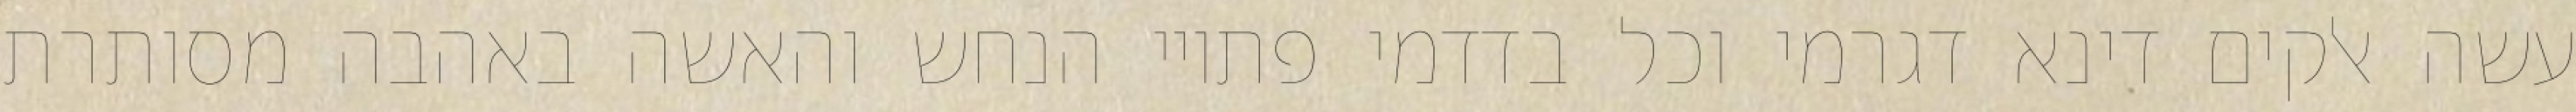
עשה אלקים דינא דגרמי וכל בדדמי פתויי הנחש והאשה באהבה מסותרת